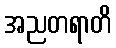
အညတရာတိ